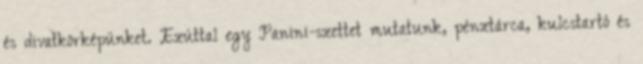
és divatkörképünket. Ezúttal egy Panini-szettet mutatunk, pénztárca, kulcstartó és